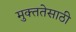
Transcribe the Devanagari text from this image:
मुक्ततेसाठी